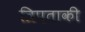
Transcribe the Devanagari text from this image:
त्रिपताकी